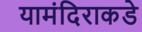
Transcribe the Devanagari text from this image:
यामंदिराकडे